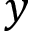
y